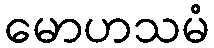
မောဟသမံ